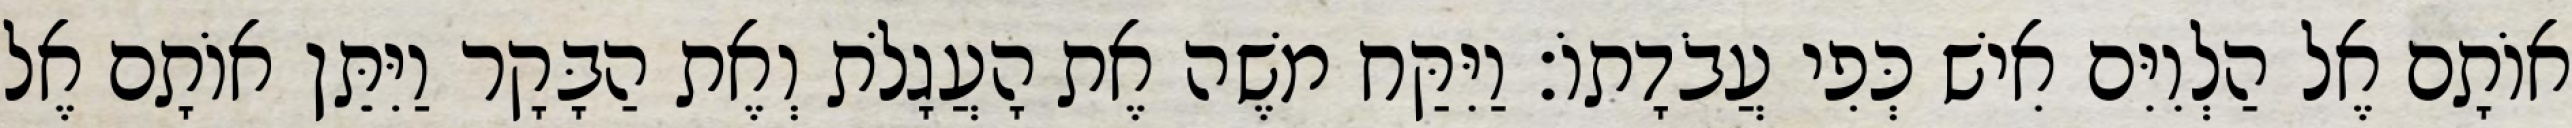
אוֹתָם אֶל הַלְוִיִּם אִישׁ כְּפִי עֲבֹדָתוֹ׃ וַיִּקַּח משֶׁה אֶת הָעֲגָלֹת וְאֶת הַבָּקָר וַיִּתֵּן אוֹתָם אֶל